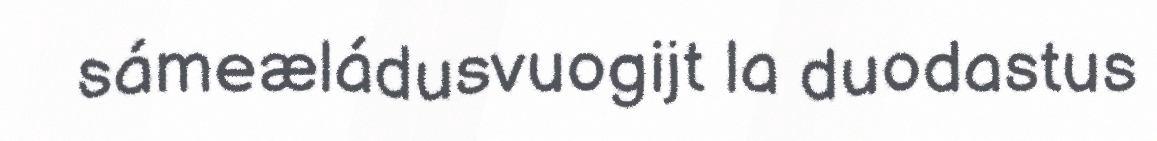
sámeæládusvuogijt la duodastus